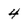
Character: 4